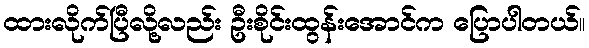
ထားလိုက်ပြီလို့လည်း ဦးစိုင်းထွန်းအောင်က ပြောပါတယ်။